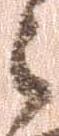
之